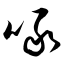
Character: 啄